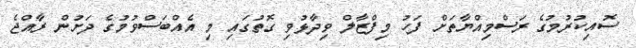
ސޮއިކުރުމުގެ ރަސްމިއްޔާތަށް ފަހު މިފްޒާލް ވިދާޅުވި ގޮތުގައި މި އެއްބަސްވުމުގެ ދަށުން ރާއްޖެ